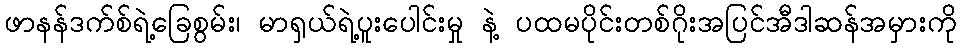
ဖာနန်ဒက်စ်ရဲ့ခြေစွမ်း၊ မာရှယ်ရဲ့ပူးပေါင်းမှု နဲ့ ပထမပိုင်းတစ်ဂိုးအပြင်အီဒါဆန်အမှားကို